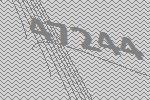
47244